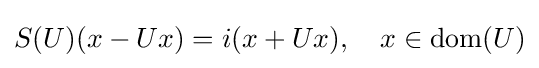
S(U)(x-Ux)=i(x+Ux),\quad x\in \operatorname {dom} (U)